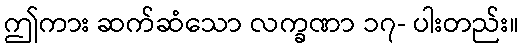
ဤကား ဆက်ဆံသော လက္ခဏာ ၁၇- ပါးတည်း။